Vaccination Hyderabad 1890-1903 - 1890-1903
Year: 1890
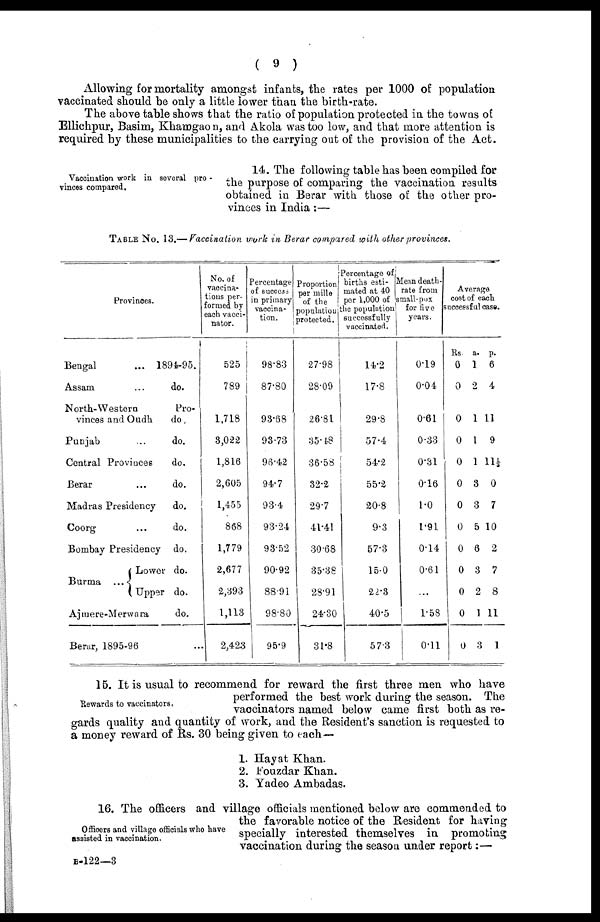
( 9 )
Allowing for mortality amongst infants, the rates per 1000 of population
vaccinated should be only a little lower than the birth-rate.
The above table shows that the ratio of population protected in the towns of
Ellichpur, Basim, Khamgaon, and Akola was too low, and that more attention is
required by these municipalities to the carrying out of the provision of the Act.
Vaccination work in several pro¬
vinces compared.
14. The following table has been compiled for
the purpose of comparing the vaccination results
obtained in Berar with those of the other pro-
vinces in India:—
TABLE No. 13.—Vaccination work in Berar compared with other provinces.
Provinces.
Bengal
... 1894-95.
Assam
...
do.
North-Western
Pro-
vinces and Oudh
do.
Punjab
...
do.
Central Provinces
do.
Berar
...
do.
Madras Presidency
do.
Coorg
...
do.
Bombay Presidency do.
Burma ...
Lower do.
Upper do.
Ajmere-Merwara
do.
Berar, 1895-96 ...
No. of
vaccina-
tions per-
formed by
each vacci¬
nator.
525
789
1,718
3,022
1,816
2,605
1,455
868
1,779
2,677
2,393
1,113
2,423
Percentage
of success
in primary
vaccina-
tion.
98.83
87.80
93.68
93.73
96.42
94.7
93.4
93.24
93.52
90.92
88.91
98.80
959
Proportion
per mille
of the
population
protected.
27.98
28.09
26.81
35.48
36.58
32.2
29.7
41.41
30.68
35.38
28.91
24.30
31.8
Percentage of
births esti-
mated at 40
per 1,000 of
the population
successfully
vaccinated.
14.2
17.8
29.8
57.4
54.2
55.2
20.8
9.3
57.3
15.0
22.3
40.5
57.3
Mean death¬
rate from
small-pox
for five
years.
0.19
0.04
0.61
0.33
0.31
0.16
1.0
1.91
0.14
0.61
...
1.58
0.11
Average
cost of each
successful case.
Rs.
0
0
0
0
0
0
0
0
0
0
0
0
0
a.
1
2
1
1
1
3
3
5
6
3
2
1
3
p.
6
4
11
9
111/ 3
0
7
10
2
7
8
11
1
Rewards to vaccinators.
15. It is usual to recommend for reward the first three men who have
performed the best work during the season. The
vaccinators named below came first both as re-
gards quality and quantity of work, and the Resident's sanction is requested to
a money reward of Rs. 30 being given to each—
1.
2.
3.
Hayat Khan.
Fouzdar Khan.
Yadeo Ambadas.
Officers and village officials who have
assisted in vaccination.
16. The officers and village officials mentioned below are commended to
the favorable notice of the Resident for having
specially interested themselves in promoting
vaccination during the season under report:—
B-122—3